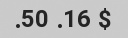
$ 16. 50.